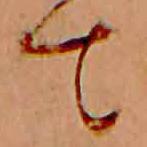
て